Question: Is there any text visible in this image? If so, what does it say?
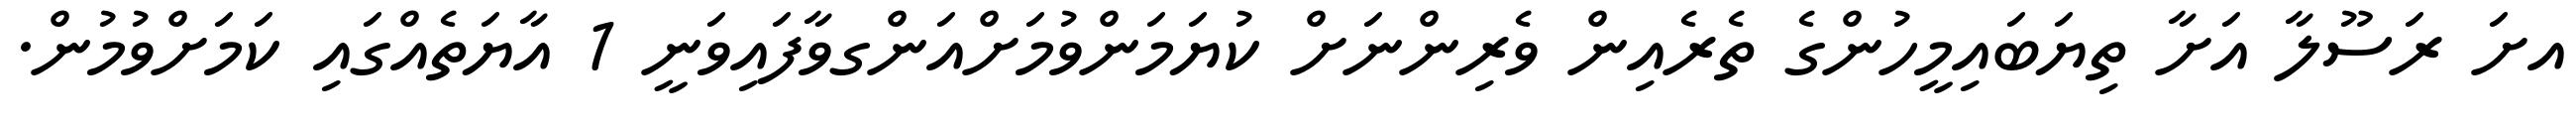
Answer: އށަ ރަސޫލާ އަށާ ތިޔަބައިމީހުންގެ ތެރެއިން ވެރިންނަށް ކުޔަމަންވުމަށްއަންގވާފައިވަނީ 1 އާޔަތެއްގައި ކަމަށްވުމުން.